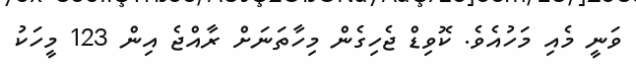
ވަނީ މެއި މަހުއެވެ. ކޮވިޑް ޖެހިގެން މިހާތަނަށް ރާއްޖެ އިން 123 މީހަކު